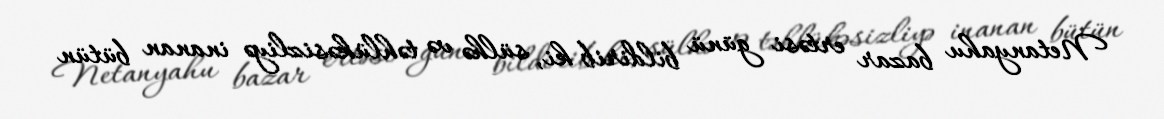
Netanyahu bazar ertəsi günü bildirib ki, sülhə və təhlükəsizliyə inanan bütün